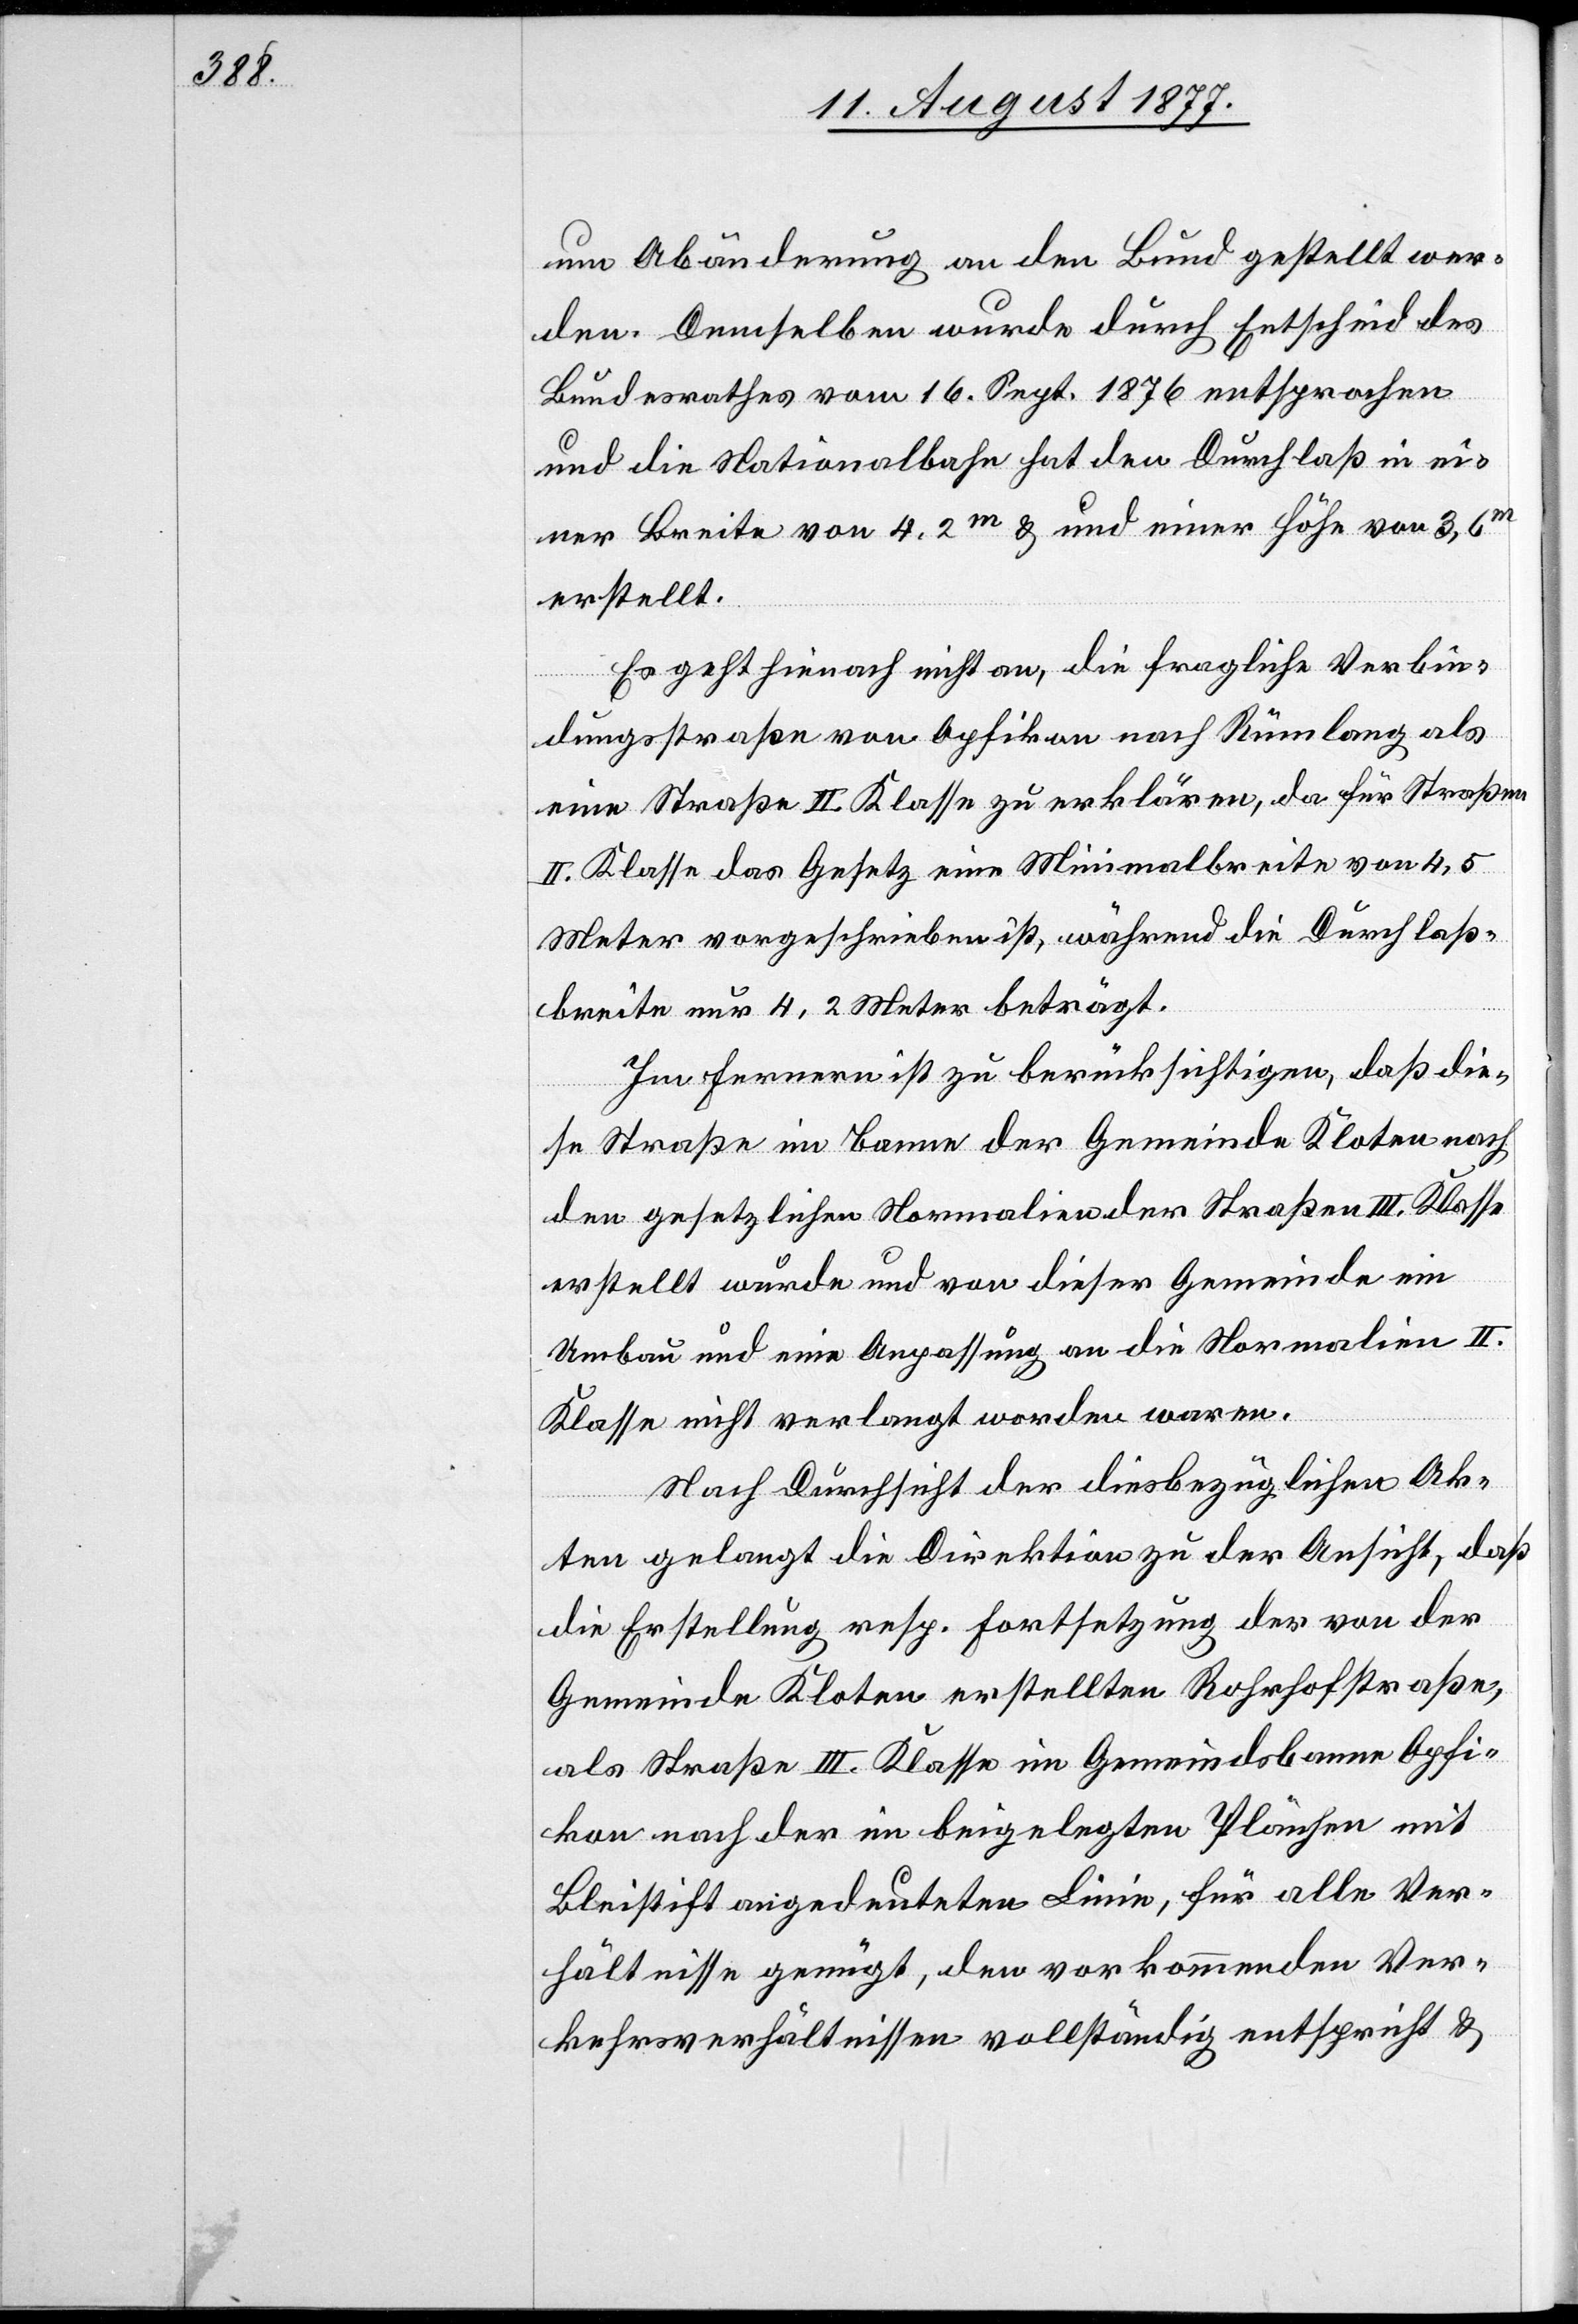
um Abänderung an den Bund gestellt wer¬
den. Demselben wurde durch Entscheid des
Bundesrathes vom 16. Sept. 1876 entsprochen
und die Nationalbahn hat den Durchlaß in ei¬
ner Breite von 4,2m & und [sic!] einer Höhe von 3,6m
erstellt.
Es geht hienach nicht an, die fragliche Verbin¬
dungsstraße von Opfikon nach Rümlang als
eine Straße II. Klasse zu erklären, da für Straßen
II. Klasse das Gesetz eine Minimalbreite von 4,5
Meter vorgeschrieben ist, während die Durchlaß¬
breite nur 4,2 Meter beträgt.
Im Fernern ist zu berücksichtigen, daß die¬
se Straße im Banne der Gemeinde Kloten nach
den gesetzlichen Normalien der Straßen III. Klasse
erstellt wurde und von dieser Gemeinde ein
Umbau und eine Anpassung an die Normalien II.
Klasse nicht verlangt worden waren.
Nach Durchsicht der diesbezüglichen Ak¬
ten gelangt die Direktion zu der Ansicht, daß
die Erstellung resp. Fortsetzung der von der
Gemeinde Kloten erstellten Rohrhofstraße,
als Straße III. Klasse im Gemeindsbanne Opfi¬
kon nach der im beigelegten Plän[c]hen mit
Bleistift angedeuteten Linie, für alle Ver¬
hältnisse genügt, den vorkommenden Ver¬
kehrsverhältnissen vollständig entspricht &